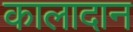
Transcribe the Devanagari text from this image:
कालादान